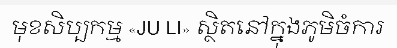
មុខសិប្បកម្ម «JU LI» ស្ថិតនៅក្នុងភូមិចំការ